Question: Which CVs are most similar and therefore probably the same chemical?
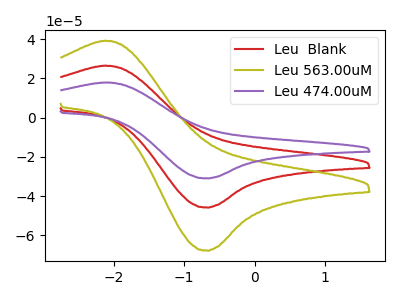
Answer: <think>The red curve "Leu  Blank" has an anodic peak at (-2.10V, 26.55uA) and a cathodic peak at (-0.65V, -45.90uA). The olive curve "Leu 563.00uM" has an anodic peak at (-2.10V, 39.25uA) and a cathodic peak at (-0.65V, -67.90uA). The purple curve "Leu 474.00uM" has an anodic peak at (-2.10V, 53.10uA) and a cathodic peak at (-0.65V, -91.75uA).
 All the peaks in "Leu  Blank" have a peak in "Leu 563.00uM" at the same potential. Every peak in "Leu  Blank" is lower than every peak in "Leu 563.00uM". All the peaks in "Leu  Blank" have a peak in "Leu 474.00uM" at the same potential. Every peak in "Leu  Blank" is lower than every peak in "Leu 474.00uM". All the peaks in "Leu 563.00uM" have a peak in "Leu 474.00uM" at the same potential. Every peak in "Leu 563.00uM" is lower than every peak in "Leu 474.00uM".</think>
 <answer>"Leu 563.00uM", "Leu  Blank" and "Leu 474.00uM" have the same shape and are likely CV's of the same chemical.</answer>
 <eval>"Leu 563.00uM" "Leu  Blank" "Leu 474.00uM"</eval>